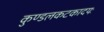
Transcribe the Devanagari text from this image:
कुण्डलकटकादयः